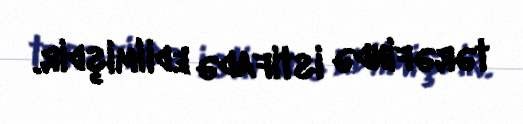
tərəfində istifadə edilmişdir.